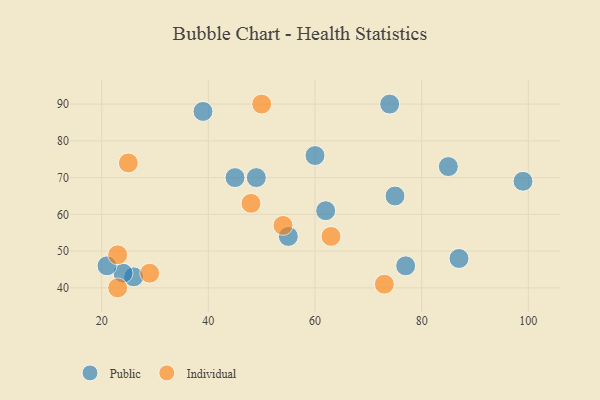
{"axis": {"x": "GDP", "y": "Life Expectancy"}, "legend": ["Individual", "Public"], "data": [{"x": "62", "y": 61, "type": "Public"}, {"x": "26", "y": 43, "type": "Public"}, {"x": "60", "y": 76, "type": "Public"}, {"x": "24", "y": 44, "type": "Public"}, {"x": "99", "y": 69, "type": "Public"}, {"x": "39", "y": 88, "type": "Public"}, {"x": "74", "y": 90, "type": "Public"}, {"x": "45", "y": 70, "type": "Public"}, {"x": "87", "y": 48, "type": "Public"}, {"x": "85", "y": 73, "type": "Public"}, {"x": "21", "y": 46, "type": "Public"}, {"x": "77", "y": 46, "type": "Public"}, {"x": "55", "y": 54, "type": "Public"}, {"x": "49", "y": 70, "type": "Public"}, {"x": "75", "y": 65, "type": "Public"}, {"x": "23", "y": 49, "type": "Individual"}, {"x": "48", "y": 63, "type": "Individual"}, {"x": "25", "y": 74, "type": "Individual"}, {"x": "23", "y": 40, "type": "Individual"}, {"x": "63", "y": 54, "type": "Individual"}, {"x": "73", "y": 41, "type": "Individual"}, {"x": "29", "y": 44, "type": "Individual"}, {"x": "50", "y": 90, "type": "Individual"}, {"x": "54", "y": 57, "type": "Individual"}]}